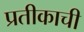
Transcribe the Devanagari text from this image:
प्रतीकाची